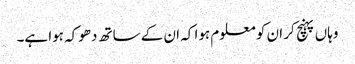
وہاں پہنچ کر ان کو معلوم ہوا کہ ان کے ساتھ دھوکہ ہوا ہے۔